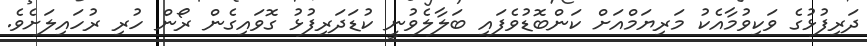
ދަރިފުޅުގެ ވަކިވުމާއެކު މަރިޔަމްއަށް ކަންބޮޑުވެފައި ބަލާލެވުނީ ކުޑަދަރިފުޅު ގޮވައިގެން ރޯން ހުރި ރުހައިލަށެވެ.